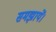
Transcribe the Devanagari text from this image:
समझायें।